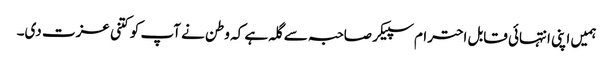
ہمیں اپنی انتہائی قابل احترام سپیکر صاحبہ سے گلہ ہے کہ وطن نے آپ کو کتنی عزت دی۔